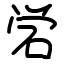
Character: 𬒈